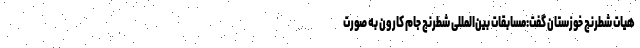
هیات شطرنج خوزستان گفت:مسابقات بین‌المللی شطرنج جام کارون به صورت